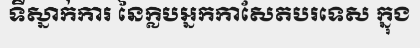
ទីស្នាក់ការ នៃក្លិបអ្នកកាសែតបរទេស ក្នុង